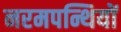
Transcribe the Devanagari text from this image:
नरमपन्थियों